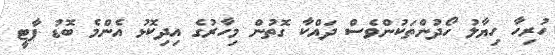
ހުރިހާ ހިޔާލު ހޯދުންތަކުންވެސް ދައްކާ ގޮތުން މިހާރުގެ އިދިކޮޅު އެންމެ ބޮޑު ޕާޓީ